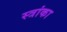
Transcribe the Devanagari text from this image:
स्त्रांका